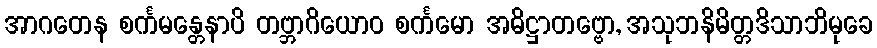
အာဂတေန စင်္ကမန္တေနာပိ တဗ္ဘာဂိယောဝ စင်္ကမော အဓိဋ္ဌာတဗ္ဗော, အသုဘနိမိတ္တဒိသာဘိမုခေ